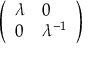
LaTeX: \left( \begin{array} { l l } { \lambda } & { 0 } \\ { 0 } & { \lambda ^ { - 1 } } \end{array} \right)